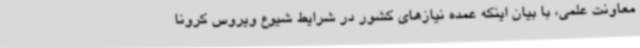
معاونت علمی، با بیان اینکه عمده نیازهای کشور در شرایط شیوع ویروس کرونا